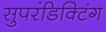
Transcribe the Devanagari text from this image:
सुपरंडिक्टिंग